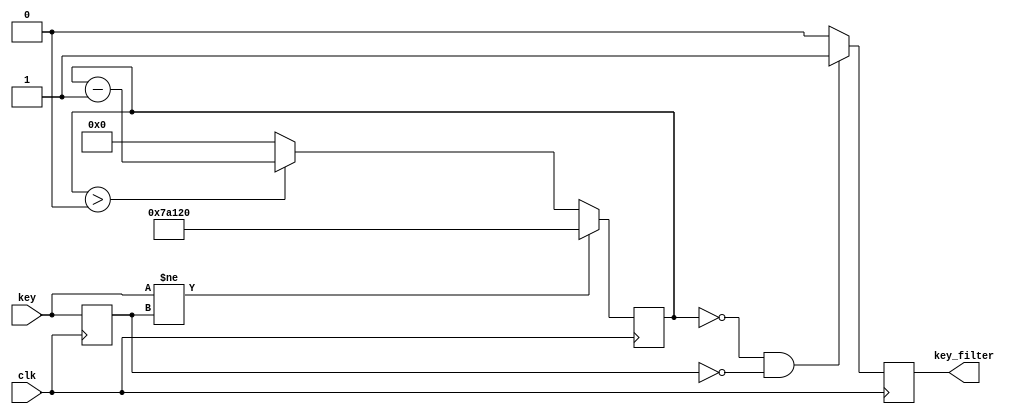
/**
 * key     --(0)(1)
 * key_filter--: (1)(0)
 */

module key_filtering (
    input  wire                         clk                        ,
    input  wire                         key                        ,// (0)(1)
    output reg                          key_filter                  // (1)(0)
);
    parameter                           cnt_max = 19'd50_0000      ;

reg                                     key_reg                    ;
reg                    [  18:0]         timer                      ;

always@(posedge clk) begin
    key_reg <= key;
    if(key != key_reg)
        timer <= cnt_max;
    else begin
        if(timer > 1'd0)
            timer <= timer - 1'd1;
        else
            timer <= 1'd0;
    end
end

//key_filter--
always@(posedge clk)
    if(timer == 1'd0 && key_reg == 1'b0)
        key_filter <= 1'b1;                                         //()
    else
        key_filter <= 1'b0;                                         //

endmodule